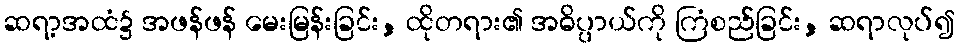
ဆရာ့အထံ၌ အဖန်ဖန် မေးမြန်းခြင်း, ထိုတရား၏ အဓိပ္ပာယ်ကို ကြံစည်ခြင်း, ဆရာလုပ်၍